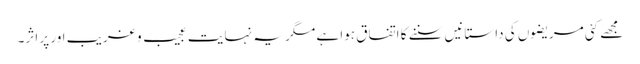
مجھے کئی مریضوں کی داستانیں سننے کا اتفاق ہوا ہے مگر یہ نہایت عجیب و غریب اور پر اثر۔